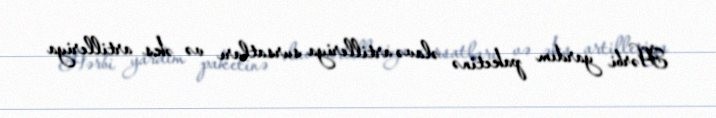
Hərbi yardım paketinə əlavə artilleriya sursatları və əks artilleriya